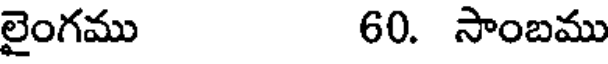
లైంగము 60. సాంబము